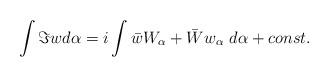
LaTeX: \begin{align*}\int \Im w d\alpha = i \int \bar w W_\alpha + \bar W w_\alpha \ d\alpha + const.\end{align*}